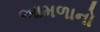
આમળાનો